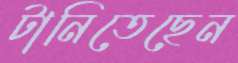
টানিতেছেন